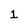
Character: 1